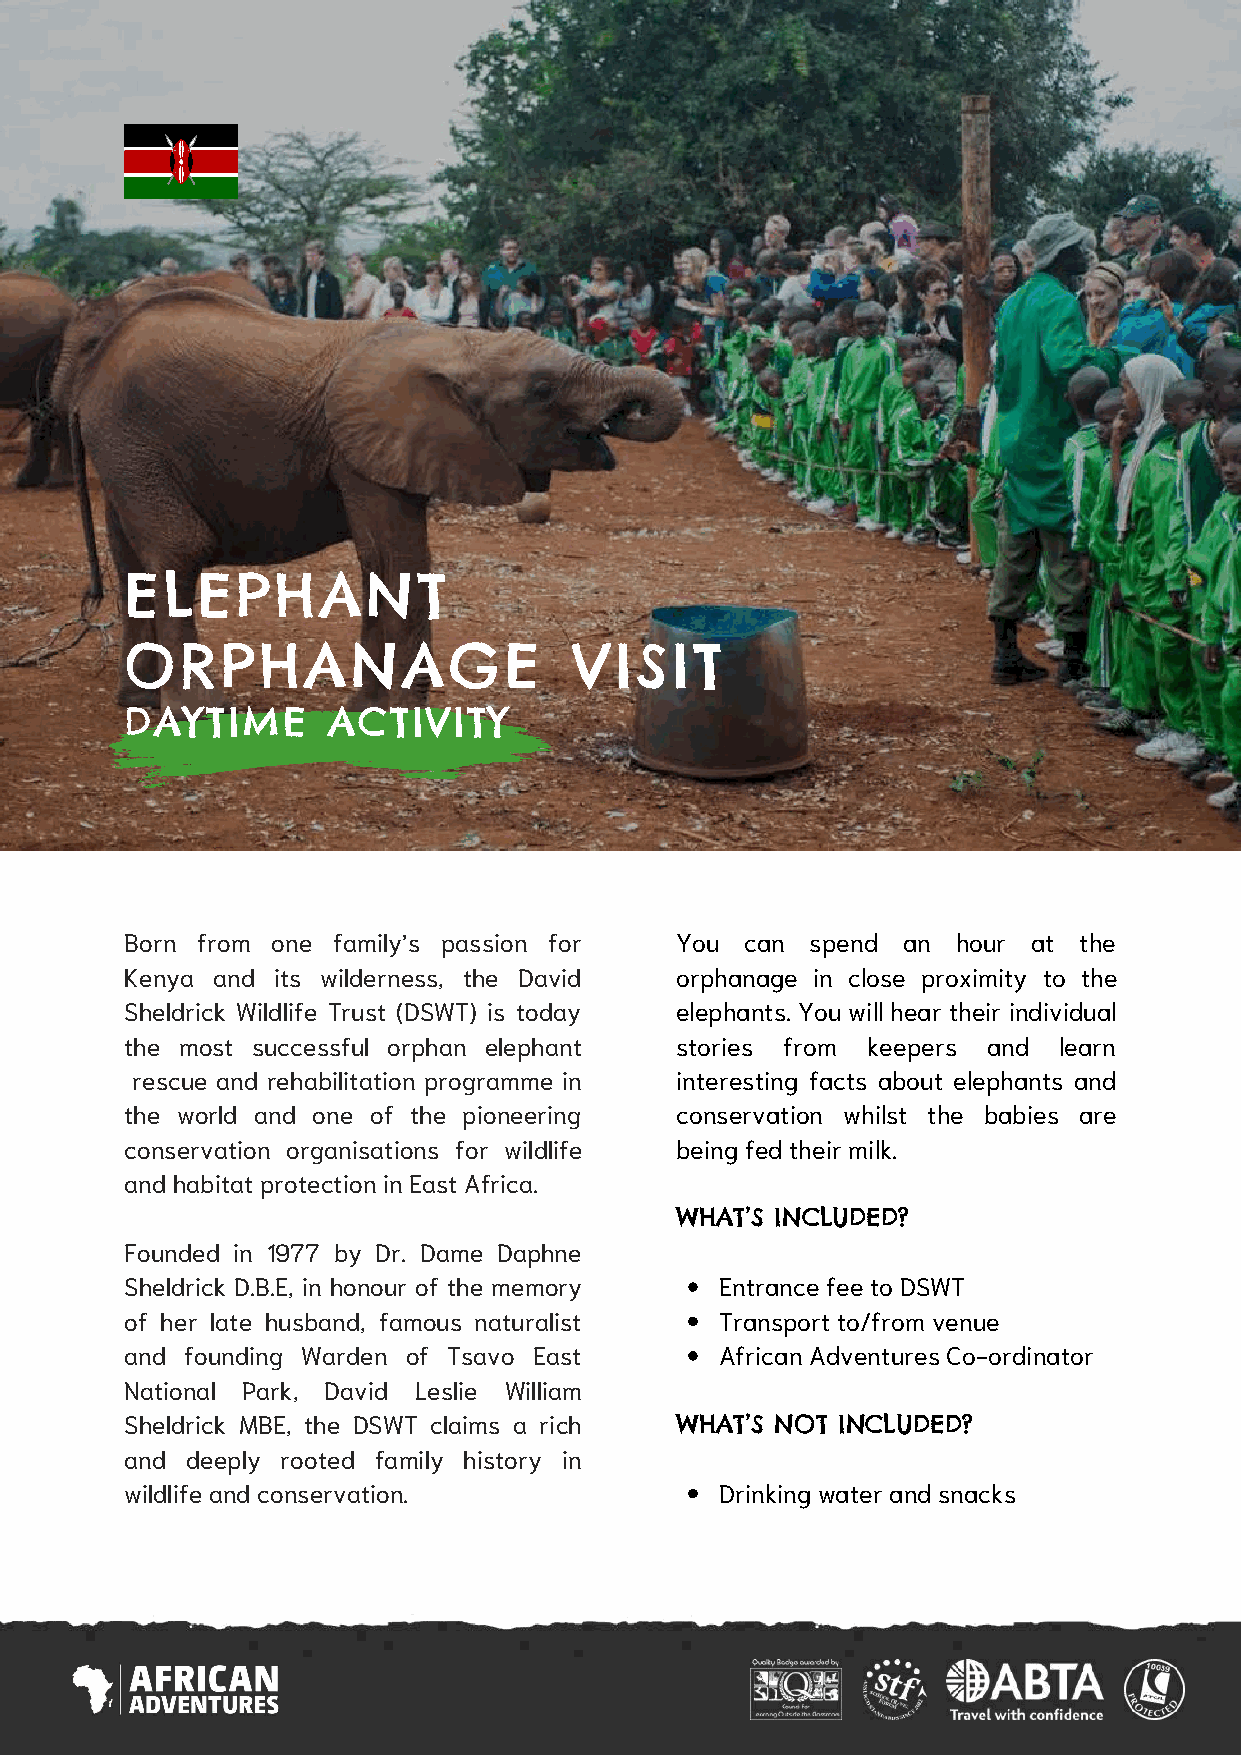
ELEPHANT
 ORPHANAGE                     VISIT
 DAYTIME       ACTIVITY
 Born from one family’s passion for   You can  spend an hour at the
 Kenya and its wilderness, the David  orphanage in close proximity to the
 Sheldrick Wildlife Trust (DSWT) is today elephants. You will hear their individual
 the most successful orphan elephant  stories from keepers and learn
 rescue and rehabilitation programme in interesting facts about elephants and
 the world and one of the pioneering  conservation whilst the babies are
 conservation organisations for wildlife being fed their milk.
 and habitat protection in East Africa.
 WHAT’S INCLUDED?
 Founded in 1977 by Dr. Dame Daphne
 Sheldrick D.B.E, in honour of the memory Entrance fee to DSWT
 of her late husband, famous naturalist  Transport to/from venue
 and founding Warden of Tsavo East       African Adventures Co-ordinator
 National Park, David Leslie William
 Sheldrick MBE, the DSWT claims a rich WHAT’S NOT INCLUDED?
 and deeply rooted family history in
 wildlife and conservation.              Drinking water and snacks